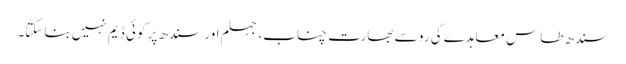
سندھ طاس معاہدے کی رو سے بھارت چناب، جہلم اور سندھ پر کوئی ڈیم نہیں بناسکتا۔